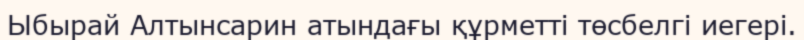
Ыбырай Алтынсарин атындағы құрметті төсбелгі иегері.